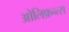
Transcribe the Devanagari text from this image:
ओलिफ़न्त्स